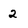
Character: 2